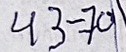
43 - 70